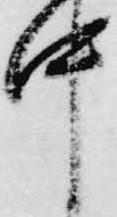
中